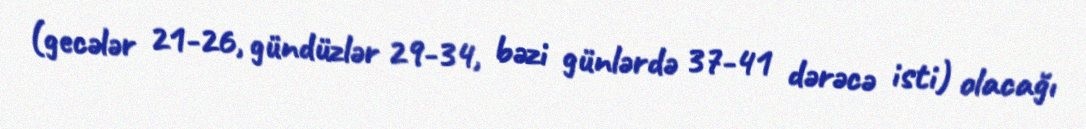
(gecələr 21-26, gündüzlər 29-34, bəzi günlərdə 37-41 dərəcə isti) olacağı